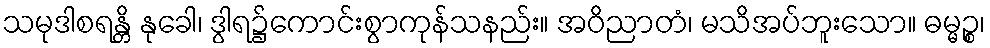
သမုဒါစရန္တိ နုခေါ၊ ဒွါရ၌ကောင်းစွာကုန်သနည်း။ အဝိညာတံ၊ မသိအပ်ဘူးသော။ ဓမ္မဉ္စ၊